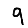
Digit: 9